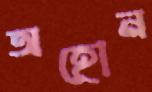
অহোন